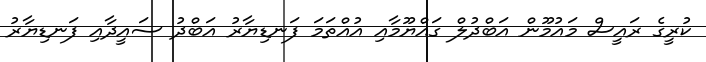
ކުރީގެ ރައީސް މައުމޫން އަބްދުލް ގައްޔޫމާއި އުއްތަމަ ފަނޑިޔާރު އަބްދު ސައީދާއި ފަނޑިޔާރު